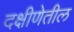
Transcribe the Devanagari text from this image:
दक्षीणेतील